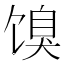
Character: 𬳌